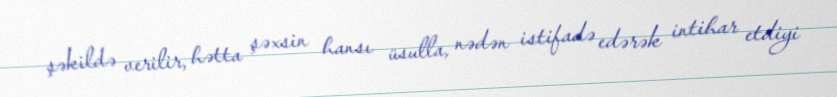
şəkildə verilir, hətta şəxsin hansı üsulla, nədən istifadə edərək intihar etdiyi